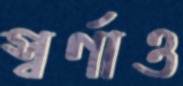
স্বর্ণাও